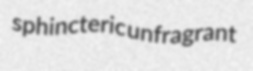
sphincteric unfragrant